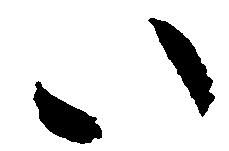
い